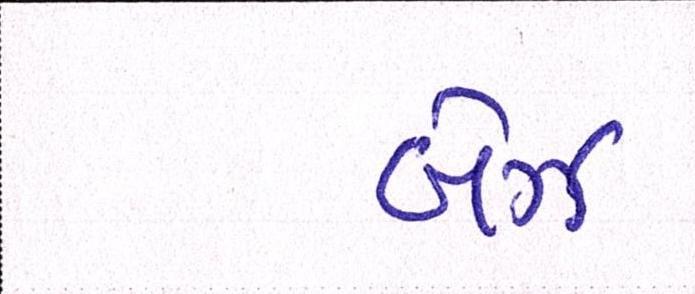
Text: બેઝ